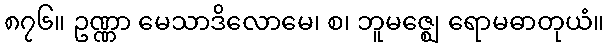
၈၇၆။ ဥဏ္ဏာ မေသာဒိလောမေ၊ စ၊ ဘူမဇ္ဈေ ရောမဓာတုယံ။